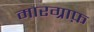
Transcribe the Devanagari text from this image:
मारग्राफ़